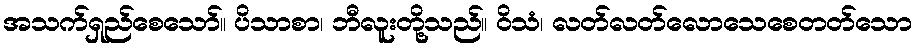
အသက်ရှည်စေသော်။ ပိသာစာ၊ ဘီလူးတို့သည်။ ဝိသံ၊ လတ်လတ်လောသေစေတတ်သော